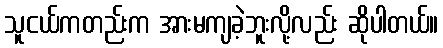
သူငယ်ကတည်းက အားမကျခဲ့ဘူးလို့လည်း ဆိုပါတယ်။